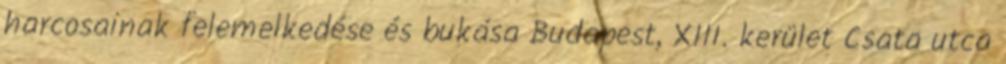
harcosainak felemelkedése és bukása Budapest, XIII. kerület Csata utca